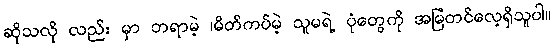
ဆိုသလို လည်း မှာ ဘရာမဲ့ ၊မိတ်ကပ်မဲ့ သူမရဲ့ ပုံတွေကို အမြဲတင်လေ့ရှိသူပါ။